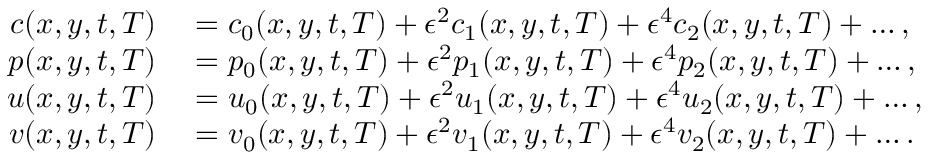
\begin{array} { r l } { c ( x , y , t , T ) } & { { } = c _ { 0 } ( x , y , t , T ) + \epsilon ^ { 2 } c _ { 1 } ( x , y , t , T ) + \epsilon ^ { 4 } c _ { 2 } ( x , y , t , T ) + \hdots , } \\ { p ( x , y , t , T ) } & { { } = p _ { 0 } ( x , y , t , T ) + \epsilon ^ { 2 } p _ { 1 } ( x , y , t , T ) + \epsilon ^ { 4 } p _ { 2 } ( x , y , t , T ) + \hdots , } \\ { u ( x , y , t , T ) } & { { } = u _ { 0 } ( x , y , t , T ) + \epsilon ^ { 2 } u _ { 1 } ( x , y , t , T ) + \epsilon ^ { 4 } u _ { 2 } ( x , y , t , T ) + \hdots , } \\ { v ( x , y , t , T ) } & { { } = v _ { 0 } ( x , y , t , T ) + \epsilon ^ { 2 } v _ { 1 } ( x , y , t , T ) + \epsilon ^ { 4 } v _ { 2 } ( x , y , t , T ) + \hdots . } \end{array}